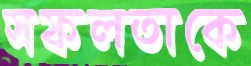
সফলতাকে